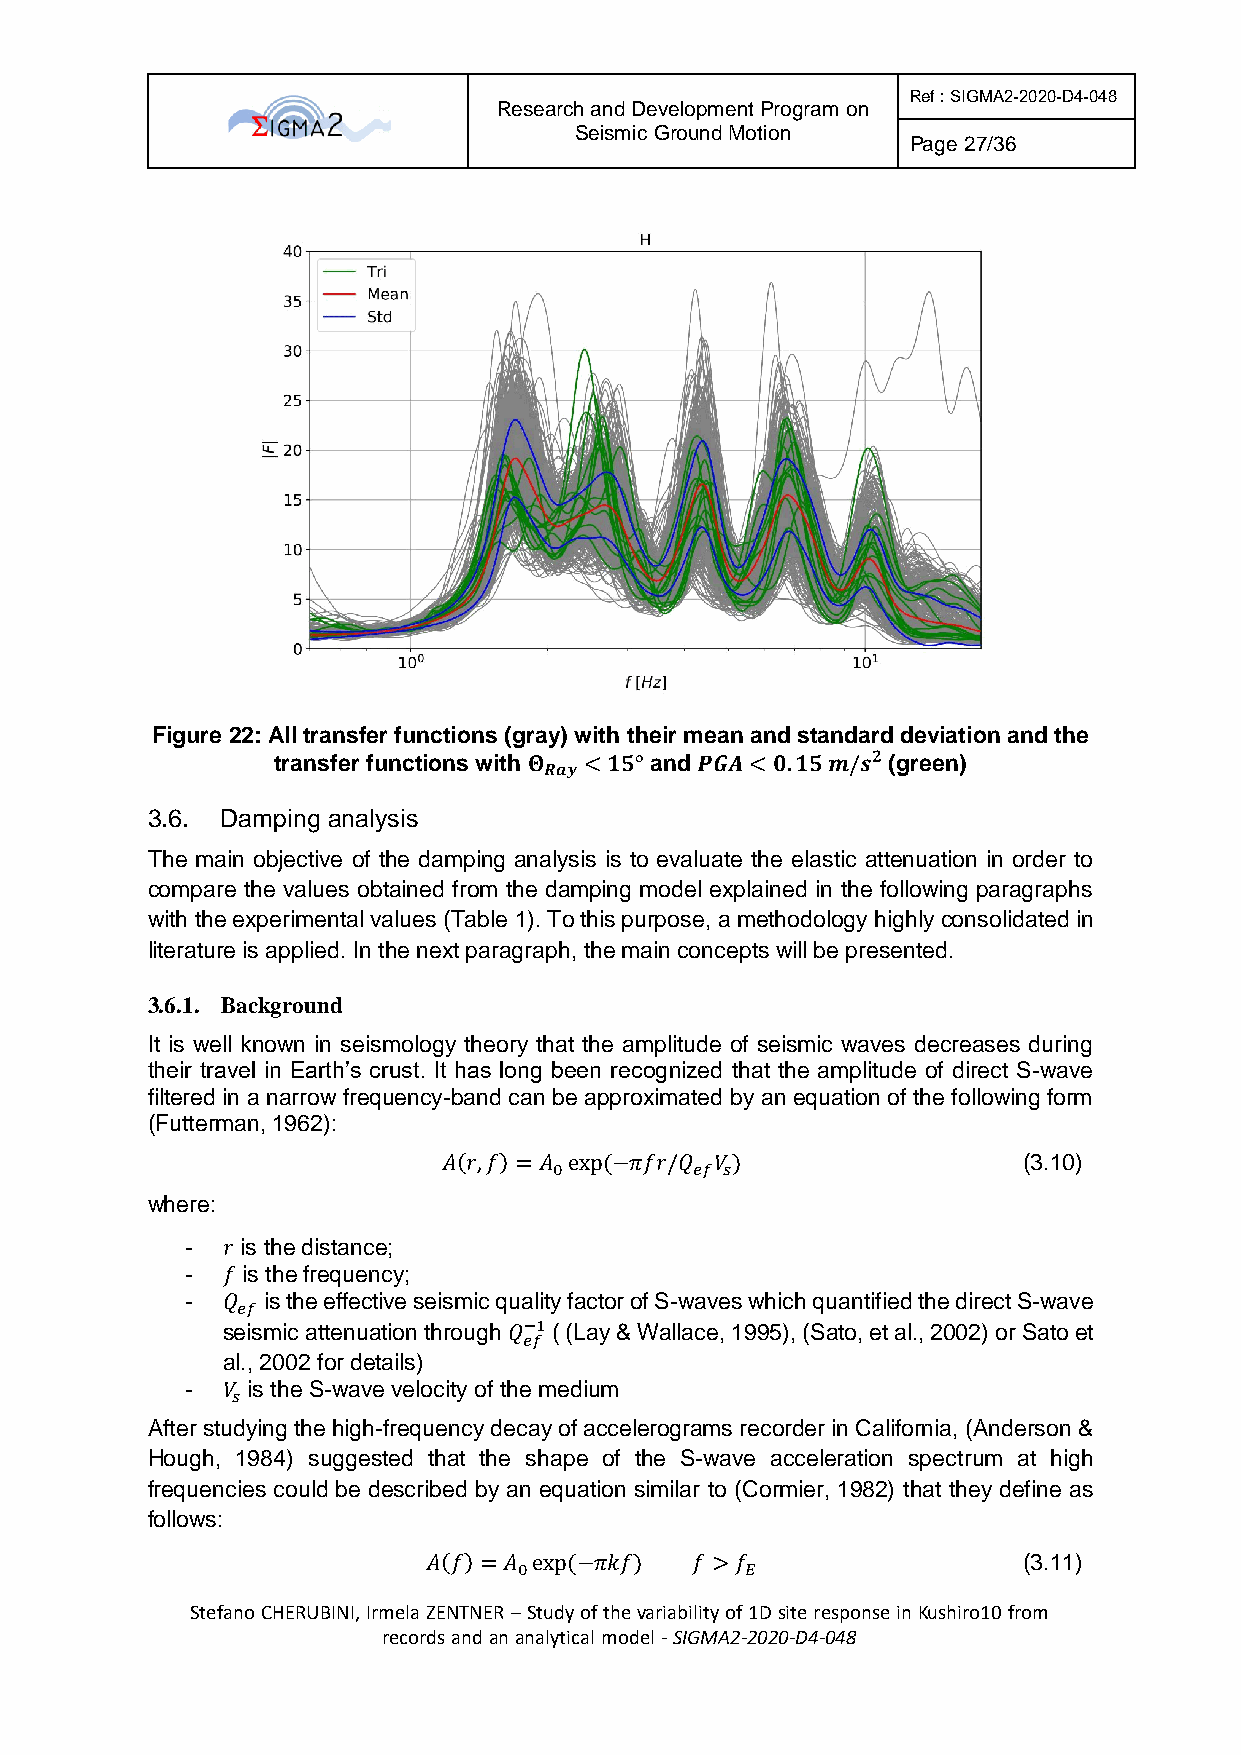
Ref : SIGMA2-2020-D4-048
 Research and Development Program on
 Seismic Ground Motion
 Page 27/36
 Figure 22: All transfer functions (gray) with their mean and standard deviation and the
 transfer functions with 𝚯 < 𝟏𝟓° and 𝑷𝑮𝑨< 𝟎.𝟏𝟓 𝒎/𝒔𝟐 (green)
 𝑹𝒂𝒚
 3.6. Damping analysis
 The main objective of the damping analysis is to evaluate the elastic attenuation in order to
 compare the values obtained from the damping model explained in the following paragraphs
 with the experimental values (Table 1). To this purpose, a methodology highly consolidated in
 literature is applied. In the next paragraph, the main concepts will be presented.
 3.6.1. Background
 It is well known in seismology theory that the amplitude of seismic waves decreases during
 their travel in Earth’s crust. It has long been recognized that the amplitude of direct S-wave
 filtered in a narrow frequency-band can be approximated by an equation of the following form
 (Futterman, 1962):
 𝐴(𝑟,𝑓)= 𝐴 exp(−𝜋𝑓𝑟/𝑄 𝑉)                (3.10)
 0        𝑒𝑓 𝑠
 where:
 -  𝑟 is the distance;
 -  𝑓 is the frequency;
 -  𝑄 is the effective seismic quality factor of S-waves which quantified the direct S-wave
 𝑒𝑓
 seismic attenuation through 𝑄−1 ( (Lay & Wallace, 1995), (Sato, et al., 2002) or Sato et
 𝑒𝑓
 al., 2002 for details)
 -  𝑉 is the S-wave velocity of the medium
 𝑠
 After studying the high-frequency decay of accelerograms recorder in California, (Anderson &
 Hough, 1984) suggested that the shape of the S-wave acceleration spectrum at high
 frequencies could be described by an equation similar to (Cormier, 1982) that they define as
 follows:
 𝐴(𝑓)= 𝐴 exp(−𝜋𝑘𝑓) 𝑓 > 𝑓                 (3.11)
 0              𝐸
 Stefano CHERUBINI, Irmela ZENTNER – Study of the variability of 1D site response in Kushiro10 from
 records and an analytical model - SIGMA2-2020-D4-048